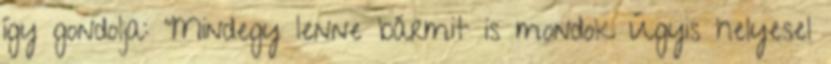
így gondolja: “Mindegy lenne bármit is mondok Úgyis helyesel